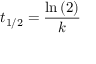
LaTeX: t _ { 1 / 2 } = { \frac { \ln { ( 2 ) } } { k } }